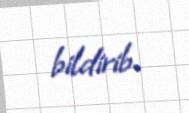
bildirib.